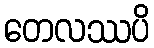
တေလဿပိ